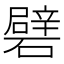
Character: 礕